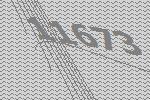
11673